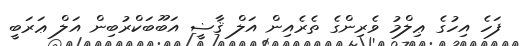
ފަހެ އިހުގެ ޢިލްމު ވެރިންގެ ތެރެއިން އަލް ޤާޟީ އަބޫބަކްރުބިން އަލް ޢަރަބީ